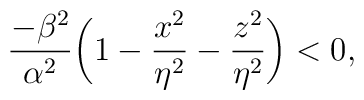
{\frac{-\beta ^{2}}{\alpha ^{2}}}\bigg(1-{\frac{x^{2}}{\eta ^{2}}}-{\frac{z^{2}}{\eta ^{2}}}\bigg)<0,